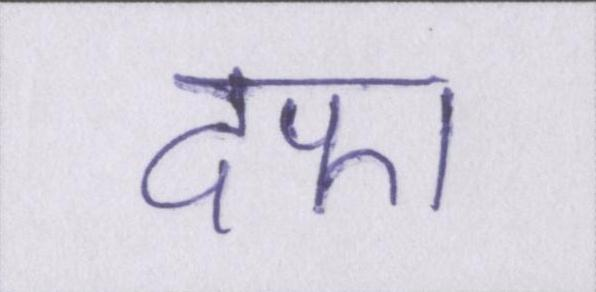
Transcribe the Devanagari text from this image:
दफा